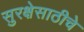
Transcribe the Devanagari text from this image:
सुरक्षेसाठीचे